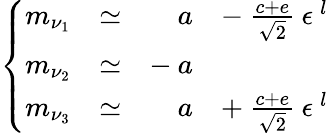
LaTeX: \left\{ \begin{array}{llrl}{{m_{\nu_{1}}}}&{{\simeq}}&{{a}}&{{-\: \frac{c+e}{\sqrt{2}}\: \epsilon^{\: l}}}\\ {{m_{\nu_{2}}}}&{{\simeq}}&{{-\: a}}&{{}}\\ {{m_{\nu_{3}}}}&{{\simeq}}&{{a}}&{{+\: \frac{c+e}{\sqrt{2}}\: \epsilon^{\: l}}}\end{array}\right.